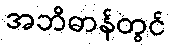
အဘိဓာန်တွင်